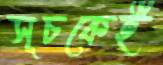
সূচকেই